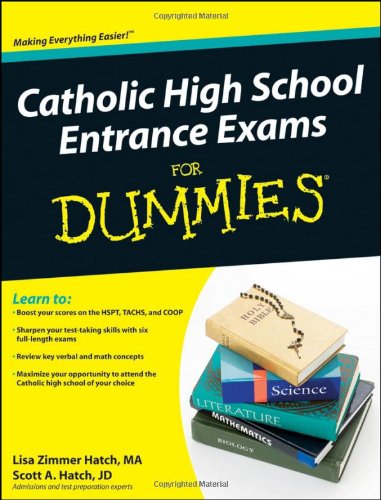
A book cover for Catholic High School Entrance Exams For Dummies; Lisa Zimmer Hatch; Test Preparation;